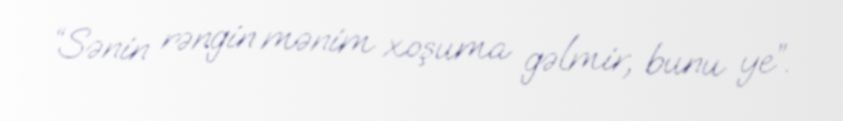
“Sənin rəngin mənim xoşuma gəlmir, bunu ye”.